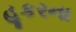
હૂકરના